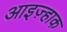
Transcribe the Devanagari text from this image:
आइज़्हाक